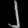
Digit: ၂